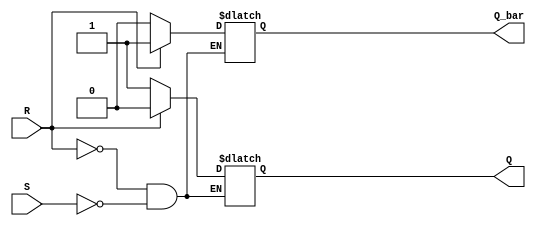
module sr_flip_flop (
    input S, // Set input
    input R, // Reset input
    output reg Q, // Q output
    output reg Q_bar // Q_bar output
);

always @* begin
    if (R) begin
        Q <= 0;
        Q_bar <= 1;
    end else if (S) begin
        Q <= 1;
        Q_bar <= 0;
    end
end

endmodule